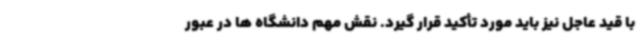
با قید عاجل نیز باید مورد تأکید قرار گیرد. نقش مهم دانشگاه ها در عبور